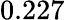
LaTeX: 0.227